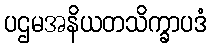
ပဌမအနိယတသိက္ခာပဒံ